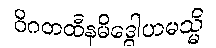
ဝိဂတထီနမိဒ္ဓေါဟမသ္မိ